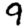
Digit: 9